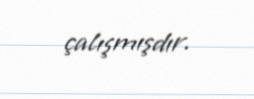
çalışmışdır.